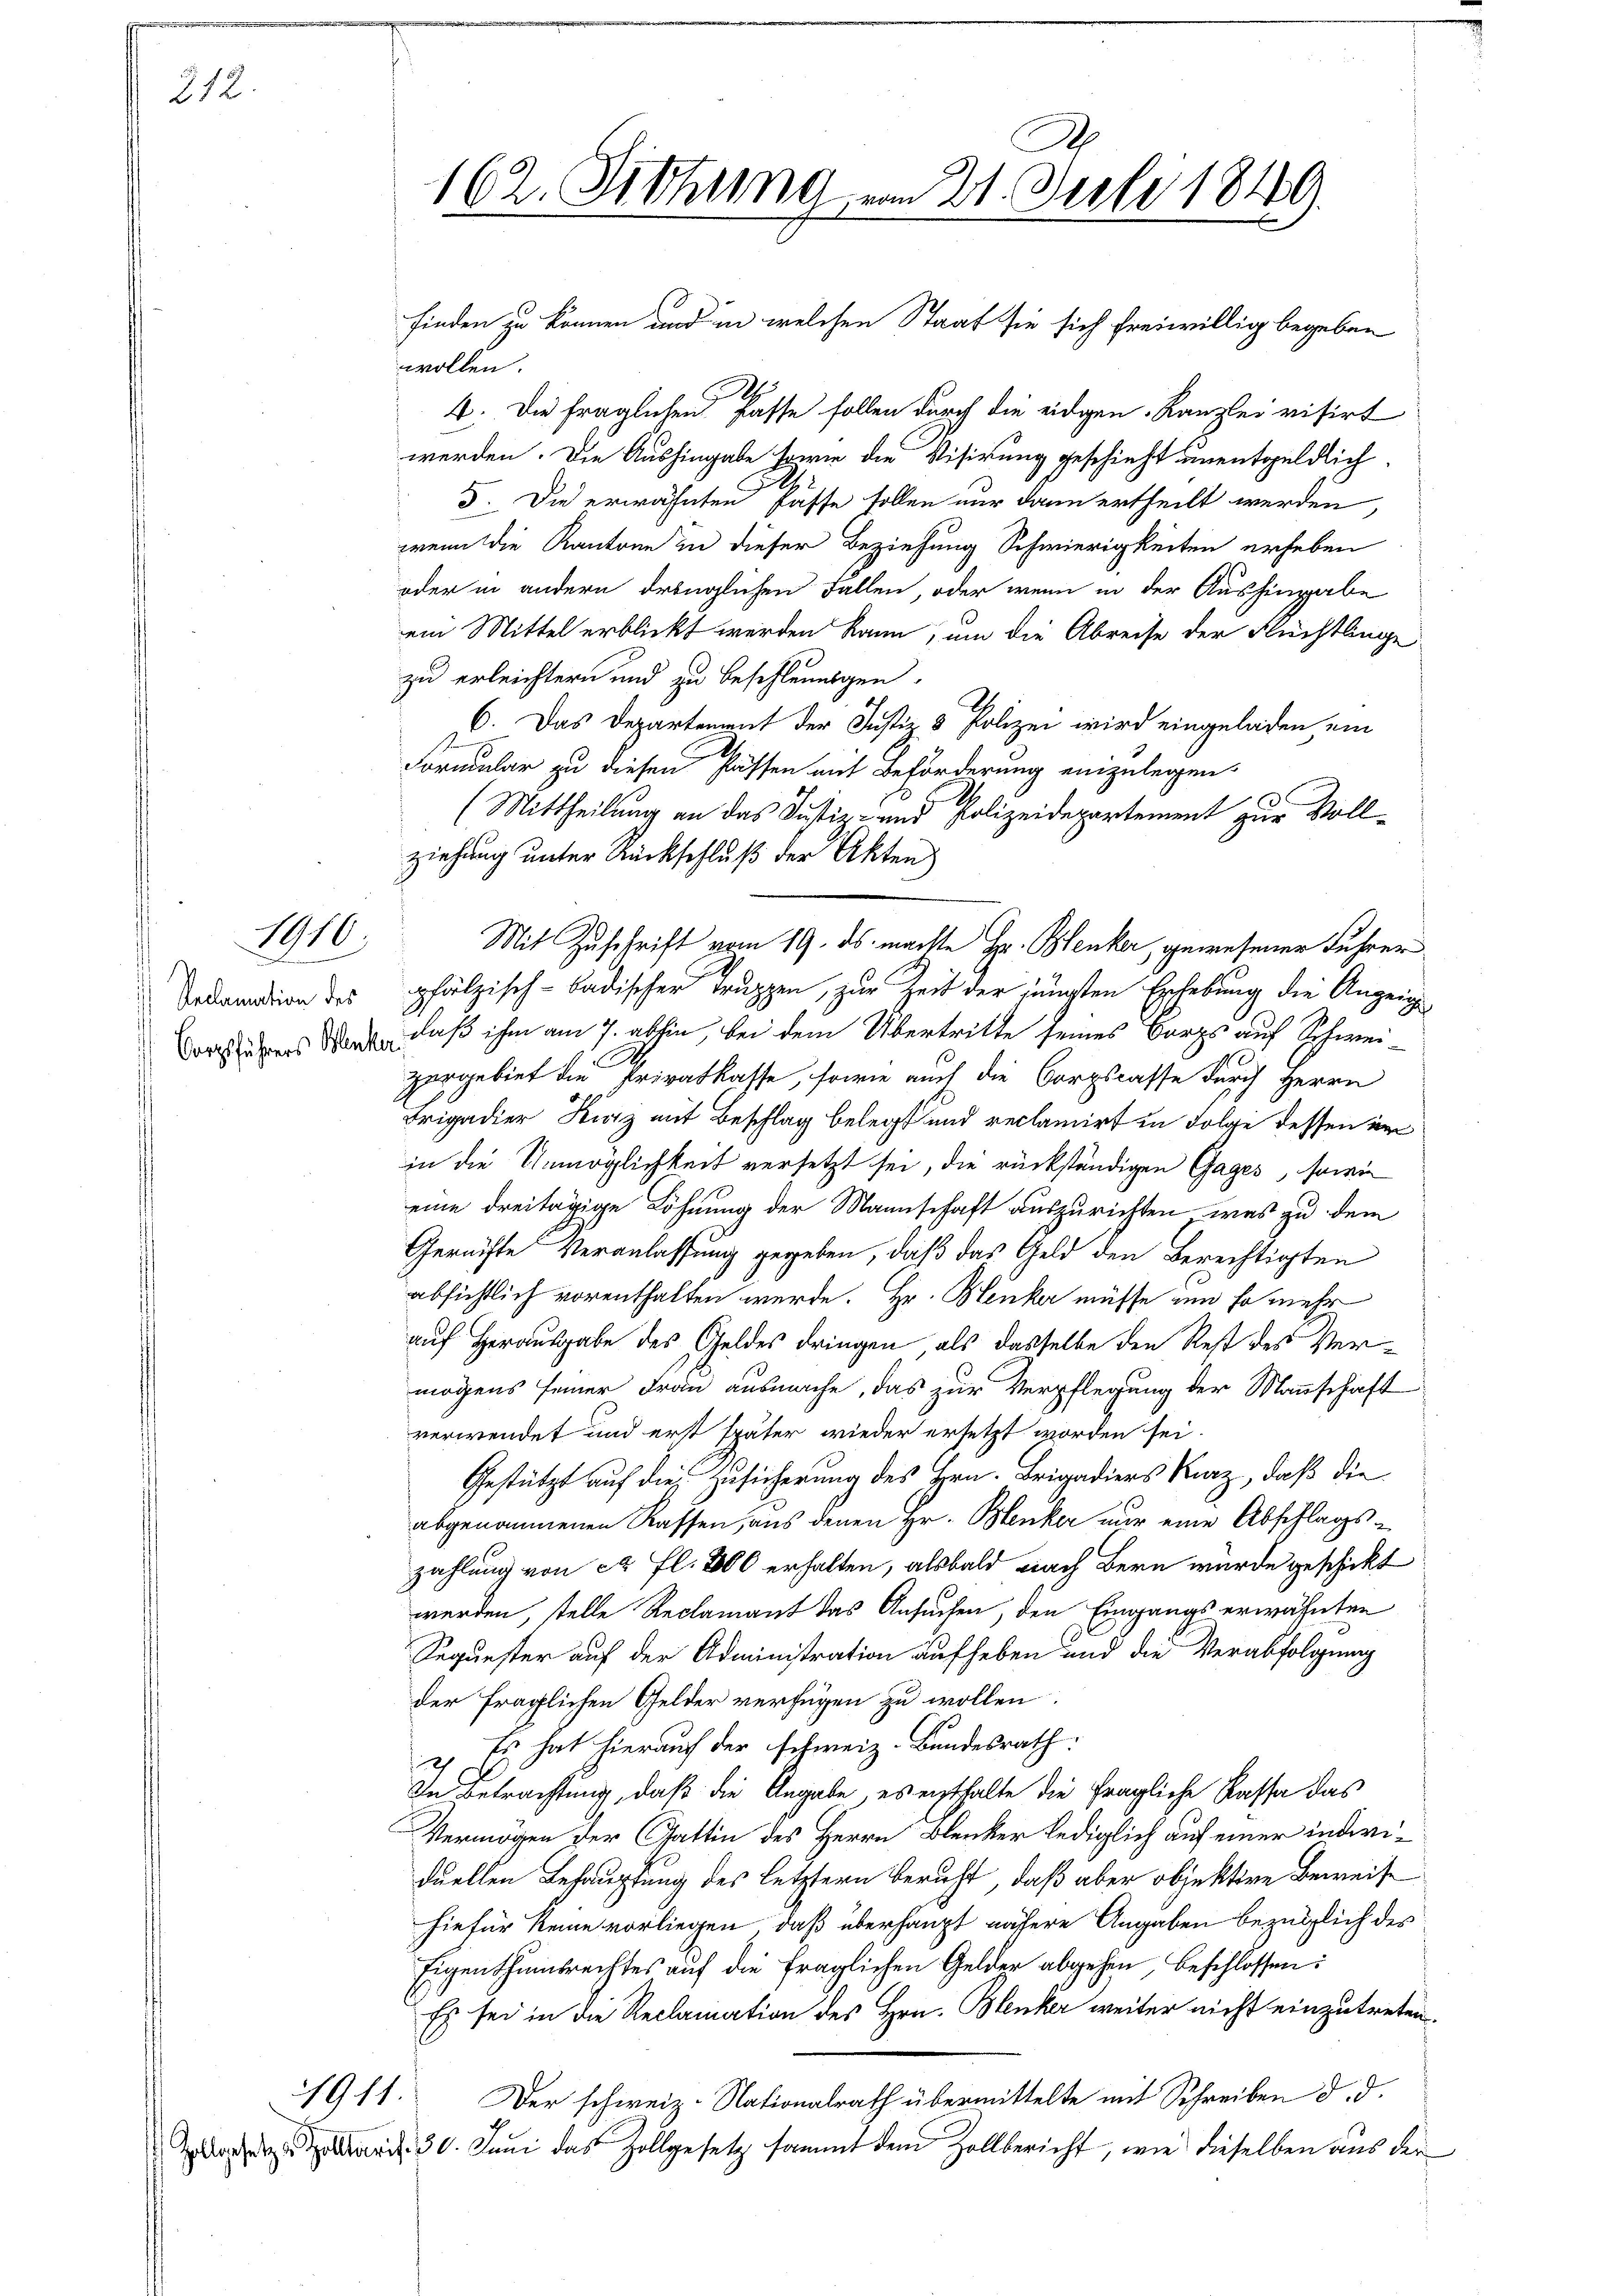
212.

2
) Reclamation des
 Borgsführers Blanker

1910.

1911.

wollen.

4. Die fraglichen Pässe sollen durch die eidgen. Kanzlei visirt
werden. Die Aushingabe sowie die Visirung geschieht unentgeldlich
3. Die erwähnten Pässe sollen nur dann ertheilt werden,
wenn die Kantone in dieser Beziehung Schwierigkeiten erheben
oder in andern erzüglichen Fallen, oder wenn in der Aushingabe
ein Mittel erblickt werden kann, um die Abreise der Flüchtlinge
zu erleichtern und zu beschleunigen.
6. Das Departement der Justiz & Polizei wird eingeladen, ein
Formular zu diesen Passen mit Beförderung einzulegen.
(Mittheilung an das Justiz- und Polizeidepartement zur Voll¬
Mit Zuschrift vom 19. ds. machte Hr. Blenker, gewesener Fuhrer
pfälzisch-Badischer Truppen, zur Zeit der jüngsten Erhebung die Anzeig
daß ihm am 7. abhin, bei dem Übertritte seines Bergs auf Schweizergebiet die Privatkasse, sowie auch die Borgscasse durch Herrn
Frigadier Kitz mit Beschlag belegt und reclamirt in Folge dessen im
in die Unmöglichkeit versetzt sei, die rückständigen Gages, sowie
eine dreitägige Löhnung der Mannschaft auszurichten, was zu dem
Gerechte Veranlassung gegeben, daß das Geld den Berechtigten
absichtlich vorenthalten werde. Hr. Henker müsse um so mehr
auf Herausgabe des Geldes dringen, als dasselbe den Rest des Vermögens seiner Frau ausmache, das zur Verpflegung der Mannschaft
verwendet und erst später wieder ersetzt worden sei.
Gestützt auf die Zusicherung des Hrn. Brigadiers Kurz, daß die
abgenommenen Rassen, aus denen Hr. Blenker nur eine Abschlags-
zahlung von ca fl. 8000 erhalten, alsbald nach Bern wurde geschickt
werden, stelle Reclamant das Ansuchen, den Eingangs erwähnten
Sequester auf der Administration aufheben und die Verabfolgung
der fraglichen Gelder verfügen zu wollen.
2) Es hat hierauf der schweiz. Bundesrath:
In Betrachtung, daß die Angabe es enthalte die fragliche Kassa das
Vermögen der Gattin des Herrn Blenker lediglich auf einer individuellen Behauptung des letztern Bericht, daß aber objektive Beweise
hiefür keine vorliegen, daß überhaupt nähere Angaben bezüglich des
Eigenthumsrechtes auf die fraglichen Gelder abgehen, beschlossen:
Es sei in die Reclamation des Hrn. Blenker weiter nicht einzutreten.
Der schweiz. Nationalrath übermittelte mit Schreiben d. d.
Z 30. Juni das Zollgesetz sammt dem Zollbericht, wie dieselben aus der

162. Fithung vom 21. Juli 1849

ziehung unter Rückschluß der Akten

finden zu können und in welchen Staat sie sich freiwillig begeben